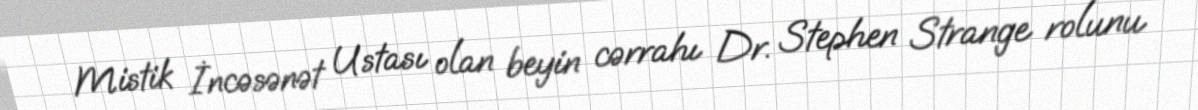
Mistik İncəsənət Ustası olan beyin cərrahı Dr. Stephen Strange rolunu